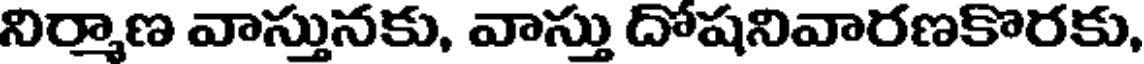
నిర్మాణ వాస్తునకు, వాస్తు దోషనివారణకొరకు,